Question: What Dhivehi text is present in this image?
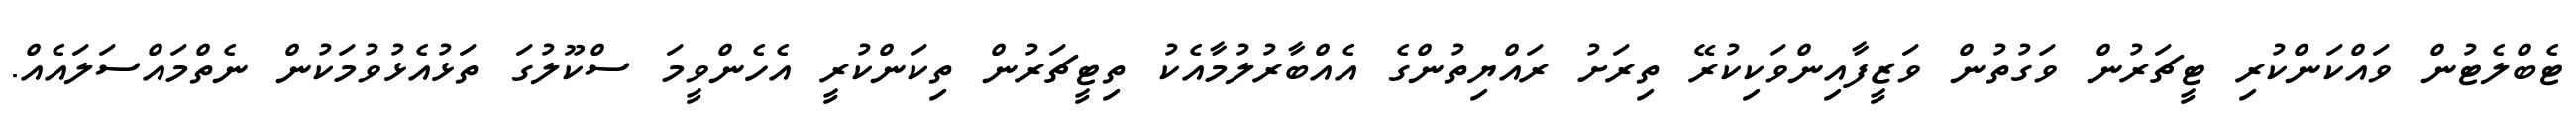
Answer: ޓެބްލެޓުން ވައްކަންކުރި ޓީޗަރުން ވަގުތުން ވަޒީފާއިންވަކިކުރޭ ތިރަށު ރައްޔިތުންގެ އެއްބާރުލުމާއެކު ތިޓީޗަރުން ތިކަންކުރީ އެހެންވީމަ ސްކޫލުގަ ތަޅުއެޅުވުމަކުން ނެތްމައްސަލައެއް.